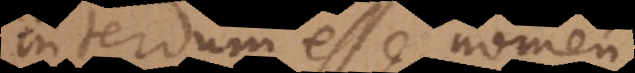
interdum esse nomen